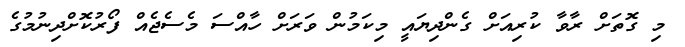
މި ގޮތަށް ރާވާ ކުރިއަށް ގެންދިޔައީ މިކަމުން ވަރަށް ހާއްސަ މެސެޖެއް ފޯރުކޮށްދިނުމުގެ